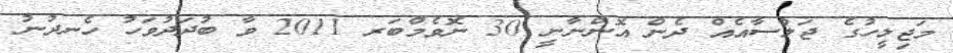
މަޖިލީހުގެ ޖަލްސާއެއް ދެން އޮންނާނީ 30 ނޮވެމްބަރ 2011 ވާ ބުދަދުވަހު ހެނދުނު